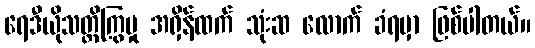
ရေဒီယိုသတ္တိကြွမှု အရှိန်ထက် သုံးဆ လောက် ခံရမှာ ဖြစ်ပါတယ်။